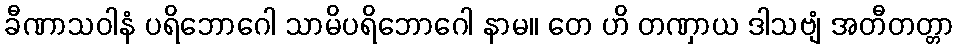
ခီဏာသဝါနံ ပရိဘောဂေါ သာမိပရိဘောဂေါ နာမ။ တေ ဟိ တဏှာယ ဒါသဗျံ အတီတတ္တာ